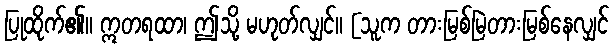
ပြုထိုက်၏။ ဣတရထာ၊ ဤသို့ မဟုတ်လျှင်။ [သူက တားမြစ်မြဲတားမြစ်နေလျှင်